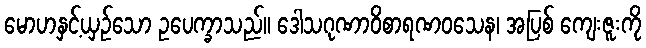
မောဟနှင့်ယှဉ်သော ဥပေက္ခာသည်။ ဒေါသဂုဏာဝိစာရဏဝသေန၊ အပြစ် ကျေးဇူးကို